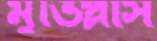
মুভিপ্লাস